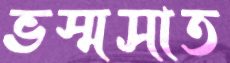
ভস্মসাত